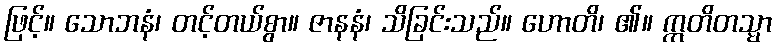
ဖြင့်။ သောဘနံ၊ တင့်တယ်စွာ။ ဇာနနံ၊ သိခြင်းသည်။ ဟောတိ၊ ၏။ ဣတိတသ္မာ